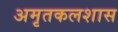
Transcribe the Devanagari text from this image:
अमृतकलशास